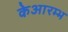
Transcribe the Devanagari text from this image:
केआरम्भ